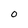
Character: 0